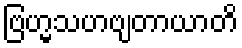
ဗြဟ္မသဟဗျတာယာတိ